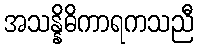
အသန္နိဓိကာရကသညီ